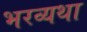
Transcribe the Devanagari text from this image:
भरव्यथा